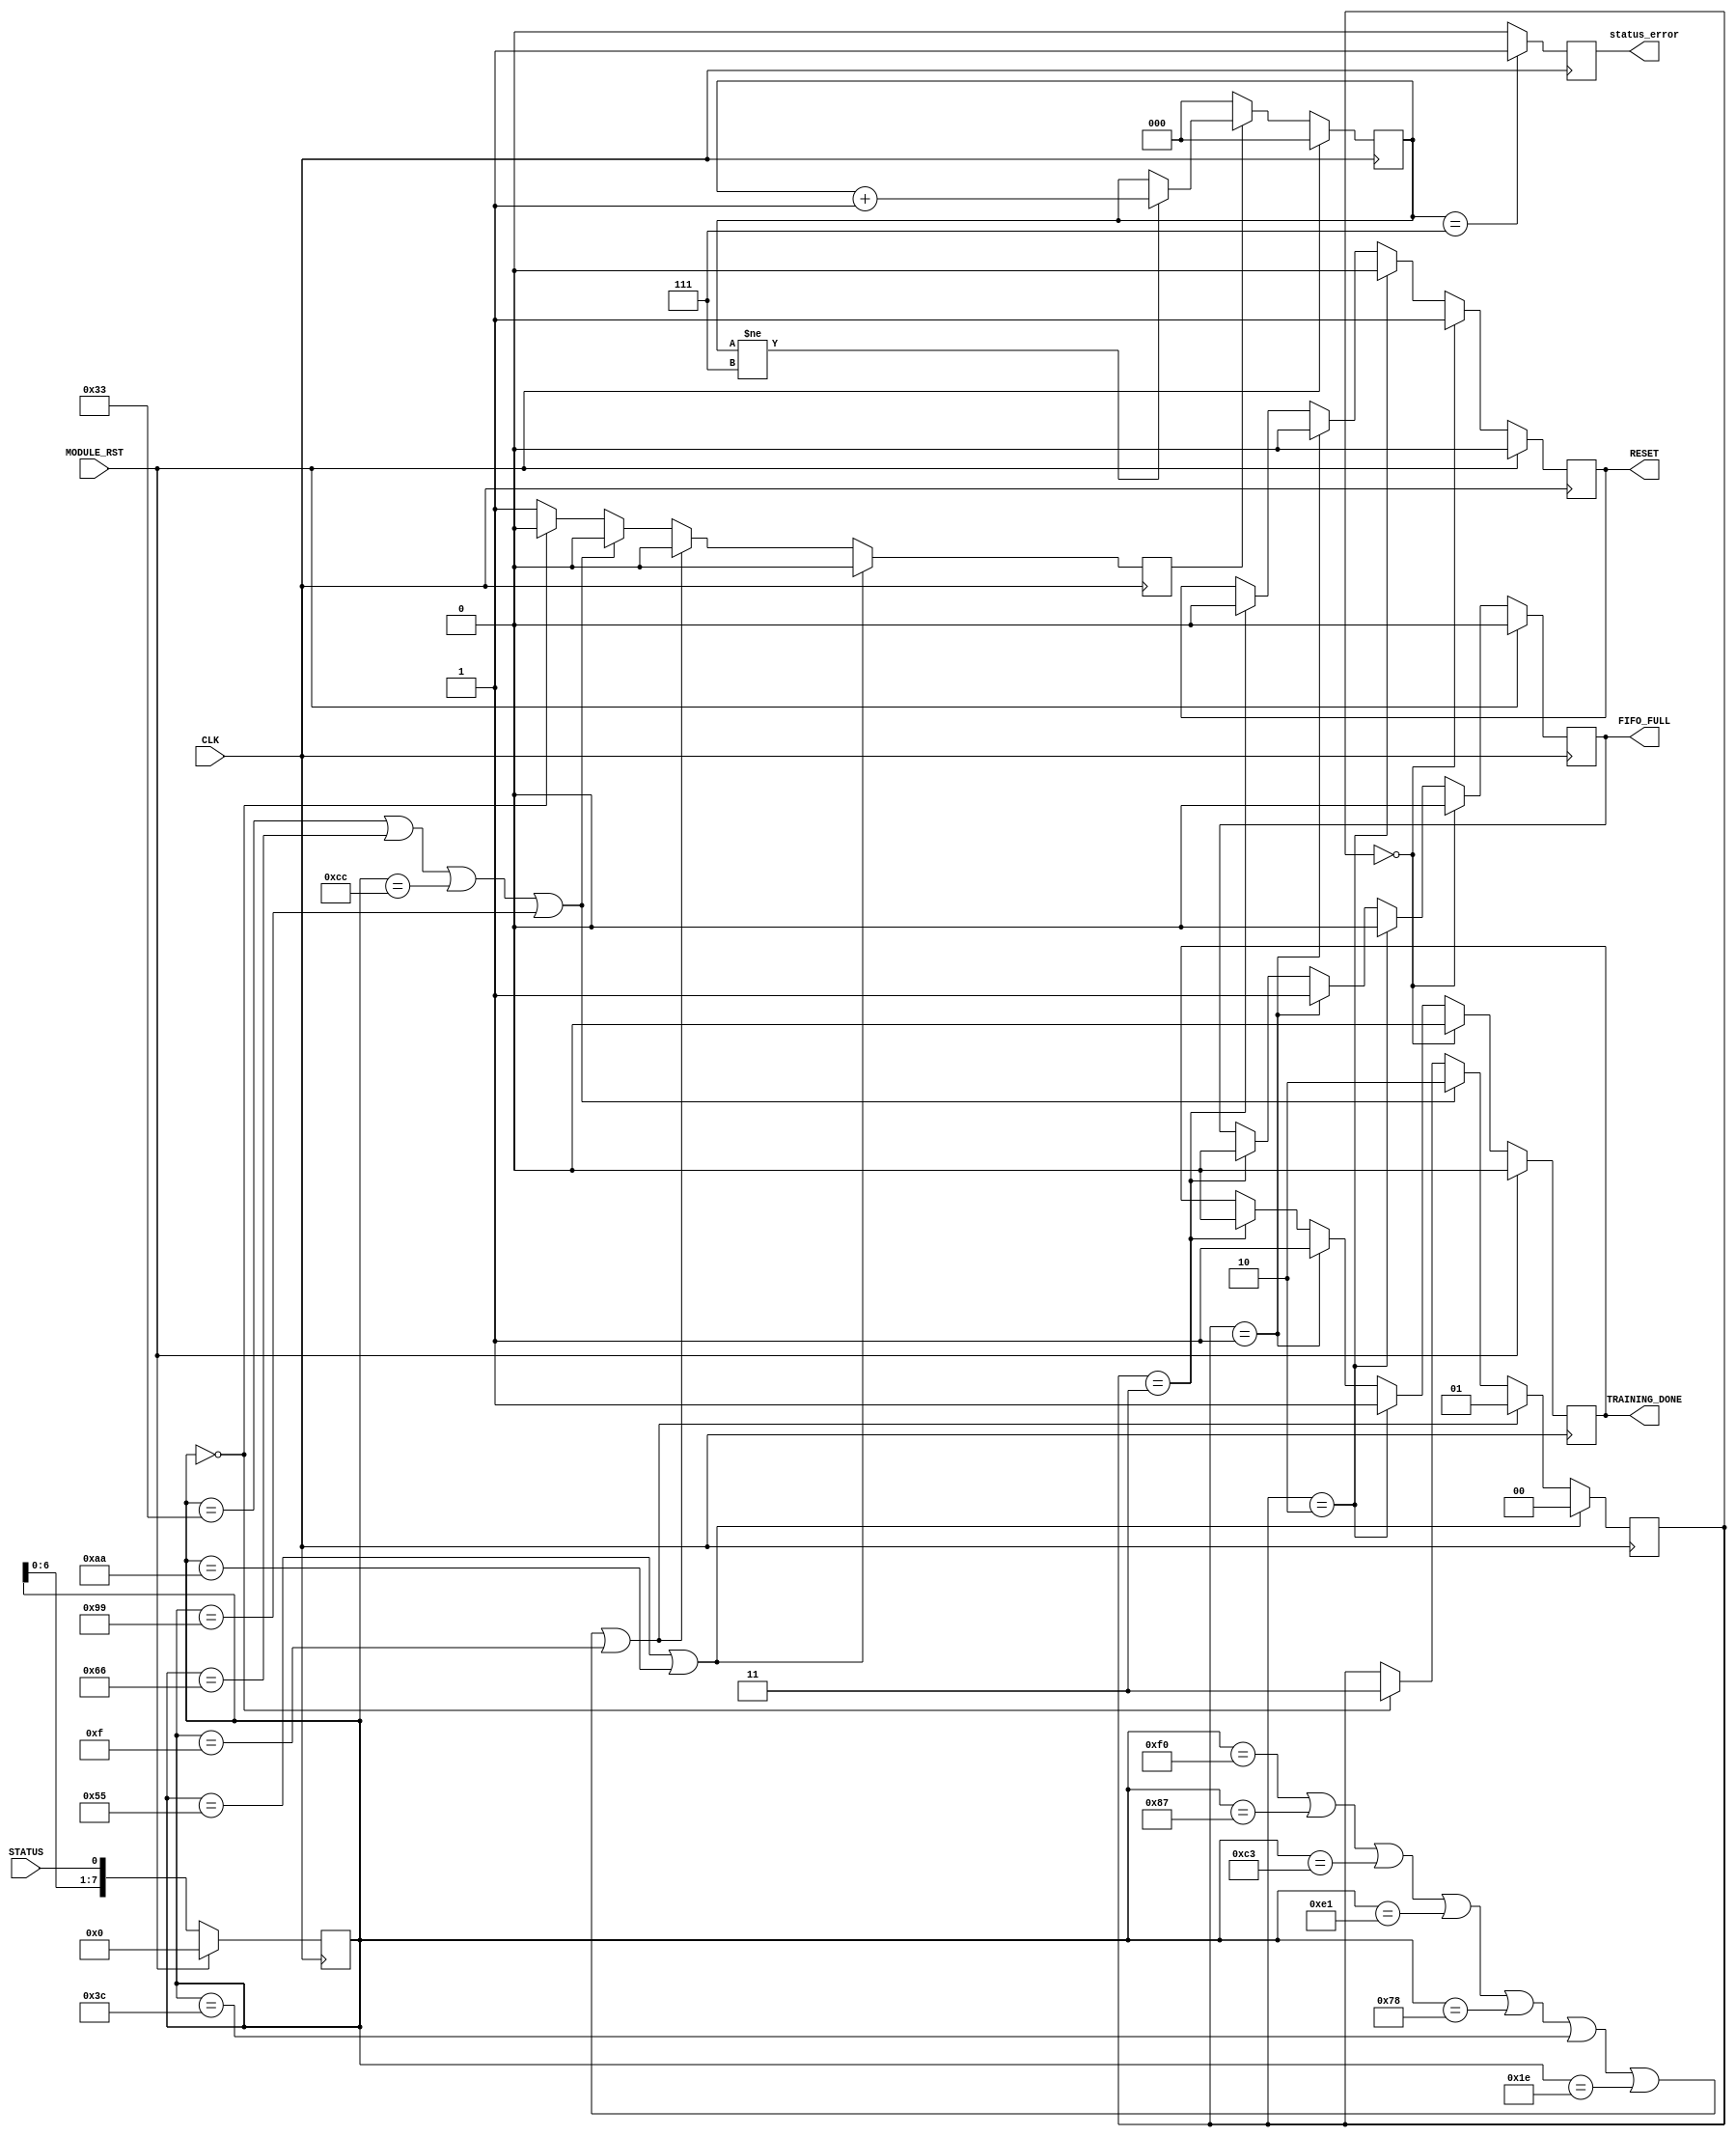
module RCB_FRL_STATUS_IN(	
	input CLK,
	input MODULE_RST,
	output reg		RESET,				//output indicating reset state
	output reg		FIFO_FULL,			//output indicating full state
	output reg		TRAINING_DONE,		//output indicating done state
	input STATUS,
	output reg		status_error		// indicates error if ambiguous status lasts longer than 8 cycles
//	output reg		IDLE_RESET			// Jiansong: why we need IDLE_RESET?
							);
/////////////////////////////////////////////////////////////////////////////////							
//	input			CLK;
//	input			MODULE_RST;
//	input			STATUS;
//	output		RESET,
//					FIFO_FULL,
//					TRAINING_DONE,
//					IDLE_RESET;
/////////////////////////////////////////////////////////////////////////////////	
//	reg			RESET,
//					FIFO_FULL,
//					TRAINING_DONE,
	reg			IDLE_RESET;
	reg			IDLE_FLAG;					// why we need this flag?
	
	reg			ambiguity;			// indicates ambiguous status
	reg [2:0]		error_cnt;
	
	reg	[7:0] shift_reg;
	parameter RST = 2'b00;
	parameter FULL = 2'b01;
	parameter DONE = 2'b10;
	parameter IDLE = 2'b11;
	reg	[1:0] INT_SAT;
	
/////////////////////////////////////////////////////////////////////////////////	
	always @ ( negedge CLK ) begin
		if ( MODULE_RST == 1'b1 ) begin
			shift_reg <= 8'h00;
		end
		else begin
			shift_reg <= {shift_reg[6:0], STATUS};
		end
	end
	
	/////////////////////////////////////////////////////////////////////////////////
	/// Pattern Recognition
// Modified by Jiansong, 2010-5-25, remove ambiguity
	always @ ( negedge CLK ) begin
		ambiguity <= 1'b0;
	
		if ( shift_reg == 8'h55 | shift_reg == 8'hAA) begin
			INT_SAT <= RST;
		end
		else if ( shift_reg == 8'hF0 | shift_reg == 8'h87 | shift_reg == 8'hC3 | shift_reg == 8'hE1 | shift_reg == 8'h78 | shift_reg == 8'h3C | shift_reg == 8'h1E | shift_reg == 8'h0F ) begin
			INT_SAT <= FULL;
		end
		else if ( shift_reg == 8'h33 | shift_reg == 8'h66 | shift_reg == 8'hCC | shift_reg == 8'h99 ) begin
			INT_SAT <= DONE;
		end
		else if ( shift_reg == 8'h00) begin
			INT_SAT <= IDLE;
		end
		else begin// by default, the previous INT_SAT remains, this normally happen when the status is changing			
			INT_SAT <= INT_SAT;
			ambiguity <= 1'b1;
		end
	end
	
	always@ (negedge CLK) begin
		if (MODULE_RST) begin
			error_cnt <= 3'b000;
		end else if(ambiguity) begin
			if (error_cnt != 3'b111)
				error_cnt <= error_cnt + 3'b001;
			else
				error_cnt <= error_cnt;
		end else begin
			error_cnt <= 3'b000;
		end
	end
	
	always@ (negedge CLK) begin
		status_error <= (error_cnt == 3'b111) ? 1'b1 : 1'b0;
	end
	
	/////////////////////////////////////////////////////////////////////////////////
	/// States are exclusive of each other
	always @ (posedge CLK) begin
		if ( MODULE_RST == 1'b1 ) begin
			RESET <= 1'b0;
			TRAINING_DONE <= 1'b0;
			FIFO_FULL <= 1'b0;
			IDLE_RESET <= 0;
			IDLE_FLAG <= 0;
		end
		else if ( INT_SAT == RST) begin
			RESET <= 1'b1;
			TRAINING_DONE <= 1'b0;
			FIFO_FULL <= 1'b0;
			IDLE_RESET <= 0;
			IDLE_FLAG <= 0;
		end
		else if ( INT_SAT == DONE ) begin
			TRAINING_DONE <= 1'b1;
			FIFO_FULL <= 1'b0;
			RESET <= 1'b0;
			IDLE_RESET <= 0;
			IDLE_FLAG <= 0;
		end
		else if ( INT_SAT == FULL ) begin
			RESET <= 1'b0;
			FIFO_FULL <= 1'b1;
			TRAINING_DONE <= 1'b1;
			IDLE_RESET <= 0;
			IDLE_FLAG <= 0;
		end
		else if ( INT_SAT == IDLE ) begin
			if(IDLE_FLAG == 0)					// Jiansong: edge detection
			begin
				IDLE_FLAG <= 1;
				IDLE_RESET <= 1;
			end
			else
			begin
				IDLE_RESET <= 0;
			end
			RESET <= 1'b0;
			FIFO_FULL <= 1'b0;
			TRAINING_DONE <= 1'b0;
		end
	end
endmodule